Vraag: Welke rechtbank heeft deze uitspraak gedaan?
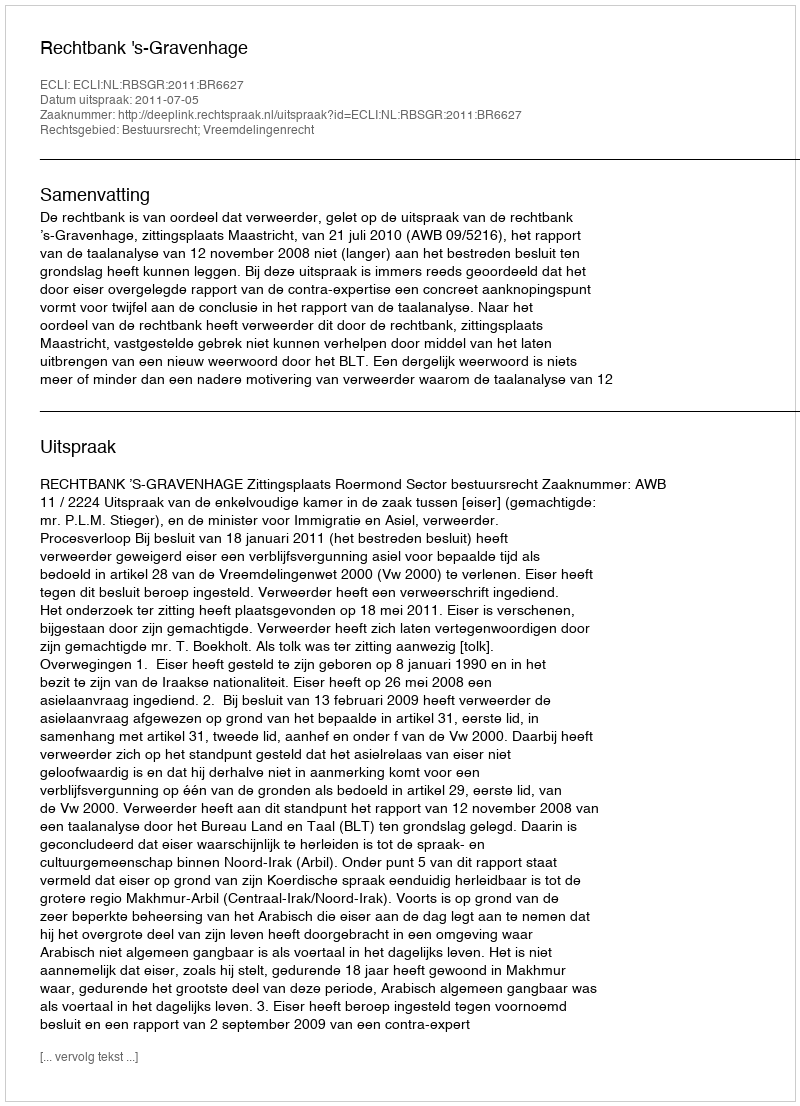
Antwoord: Rechtbank 's-Gravenhage